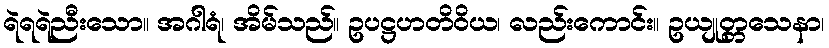
ရဲရရဲညီးသော။ အဂါရံ၊ အိမ်သည်။ ဥပဋ္ဌဟတိဝိယ၊ လည်းကောင်း။ ဥယျုတ္တသေနာ၊